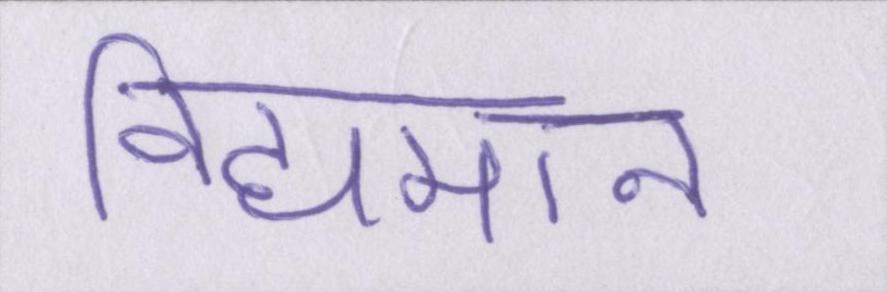
विद्यमान